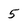
Character: 5